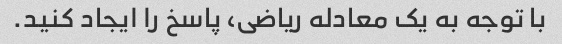
با توجه به یک معادله ریاضی، پاسخ را ایجاد کنید.